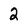
Character: 2